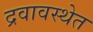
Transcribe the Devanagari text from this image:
द्रवावस्थेत